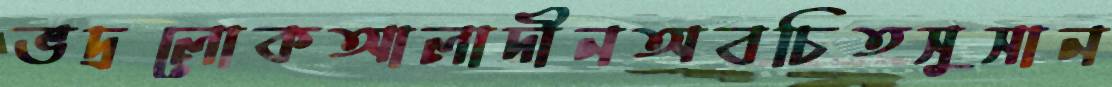
ভদ্রলোকআলাদীনঅবচিতসুসান